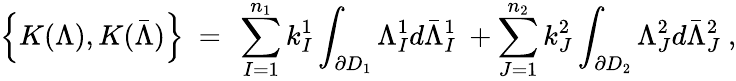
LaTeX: \left\{ K(\Lambda),K(\bar{\Lambda})\right\} ~=~\sum_{I=1}^{n_{1}}k_{I}^{1}\int_{\partial D_{1}}\Lambda_{I}^{1}d\bar{\Lambda}_{I}^{1}~+\sum_{J=1}^{n_{2}}k_{J}^{2}\int_{\partial D_{2}}\Lambda_{J}^{2}d\bar{\Lambda}_{J}^{2}~,